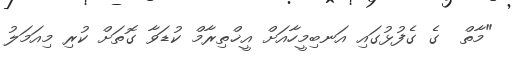
"މާތް  ގެ ގެފުޅުގައި އަނބިމީހާއަށް އީޚްތިރާމް ކުޑަވާ ގޮތަށް ކުރި މިއަމަލު